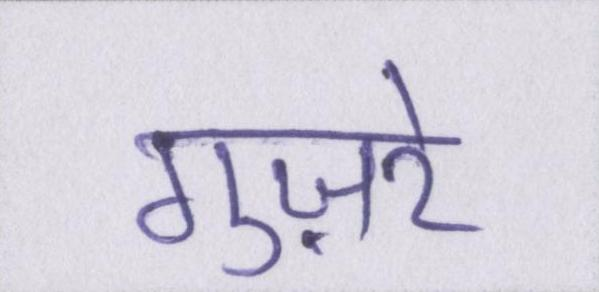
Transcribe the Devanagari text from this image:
गुज़रे